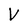
Character: V